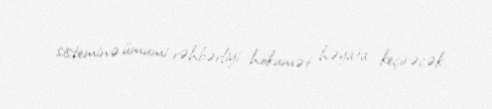
sisteminə ümumi rəhbərliyi hökumət həyata keçirəcək.